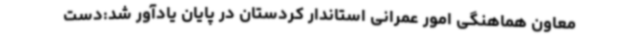
معاون هماهنگی امور عمرانی استاندار کردستان در پایان یادآور شد:دست